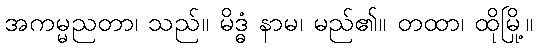
အကမ္မညတာ၊ သည်။ မိဒ္ဓံ နာမ၊ မည်၏။ တထာ၊ ထိုမြို့။